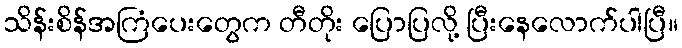
သိန်းစိန်အကြံပေးတွေက တီတိုး ပြောပြလို့ ပြီးနေလောက်ပါပြီ။